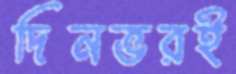
দিনভরই